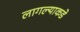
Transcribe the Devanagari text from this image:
लागल्याकडे